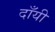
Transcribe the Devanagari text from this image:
दाँयी